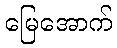
မြေအောက်